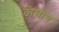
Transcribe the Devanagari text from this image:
ठोसीय